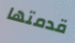
قدمتها